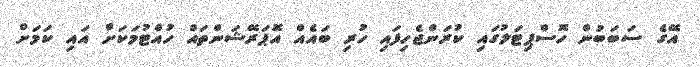
އޭގެ ސަބަބުން ހޮސްޕިޓަލުގައި ކުރަންޖެހިފައި ހުރި ބައެއް އޮޕަރޭޝަންތައް ހުއްޓުމަކަށް އައި ކަމަށް